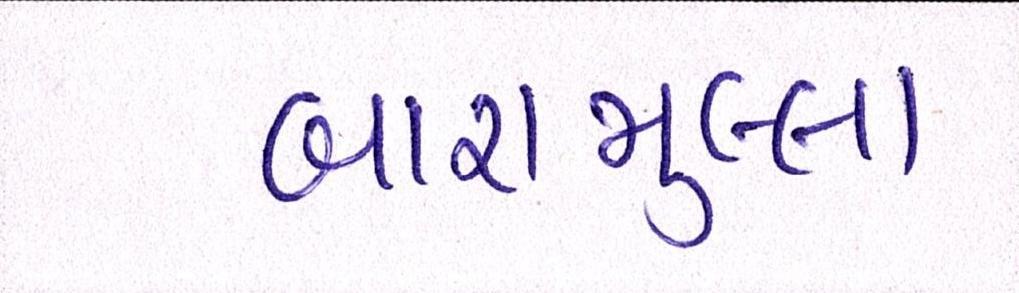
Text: બારામુલ્લા